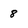
Character: 8